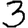
Digit: 3